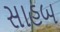
સાહબ